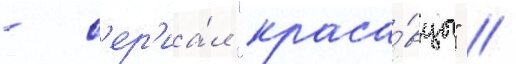
- с'ер'иа́л "краса́вцы" //